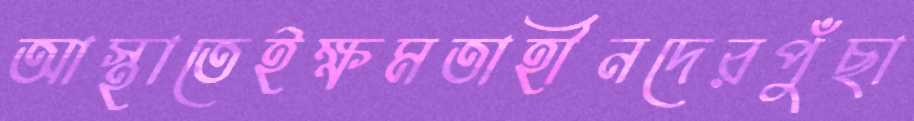
আস্থাতেইক্ষমতাহীনদেরপুঁছা